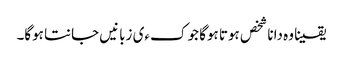
یقینا وہ دانا شخص ہوتا ہوگا جو کءی زبانیں جانتا ہوگا۔